Dysentery and liver abscess in Bombay - Number 47
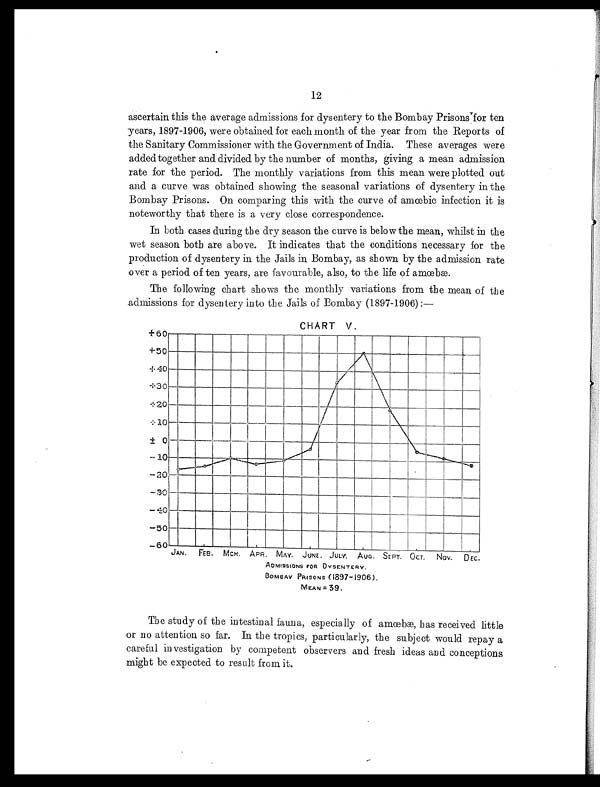
12
ascertain this the average admissions for dysentery to the Bombay Prisons for ten
years, 1897-1906, were obtained for each month of the year from the Reports of
the Sanitary Commissioner with the Government of India. These averages were
added together and divided by the number of months, giving a mean admission
rate for the period. The monthly variations from this mean were plotted out
and a curve was obtained showing the seasonal variations of dysentery in the
Bombay Prisons. On comparing this with the curve of amœbic infection it is
noteworthy that there is a very close correspondence.
In both cases during the dry season the curve is below the mean, whilst in the
wet season both are above. It indicates that the conditions necessary for the
production of dysentery in the Jails in Bombay, as shown by the admission rate
over a period of ten years, are favourable, also, to the life of amœbæ.
The following chart shows the monthly variations from the mean of the
admissions for dysentery into the Jails of Bombay (1897-1906) :-—
CHART V.
ADMISSIONS FOR DYSENTERY.
B O M B A Y P R I S O N S ( 1 8 9 7 - 1 9 0 6 ) .
M E A N = 3 9 .
The study of the i ntesti nal fauna, especi al l y of amœbæ, has recei ved l i ttl e
or no attention so far. In the tropics, particularly, the subject would repay a
careful investigation by competent observers and fresh ideas and conceptions
might be expected to result from it.